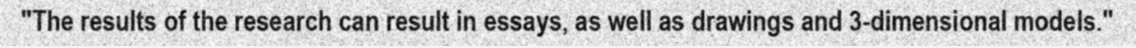
"The results of the research can result in essays, as well as drawings and 3-dimensional models."